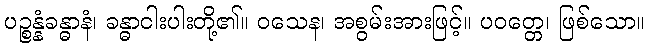
ပဉ္စန္နံခန္ဓာနံ၊ ခန္ဓာငါးပါးတို့၏။ ဝသေန၊ အစွမ်းအားဖြင့်။ ပဝတ္တေ၊ ဖြစ်သော။